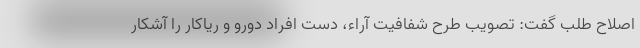
اصلاح طلب گفت: تصویب طرح شفافیت آراء، دست افراد دورو و ریاکار را آشکار